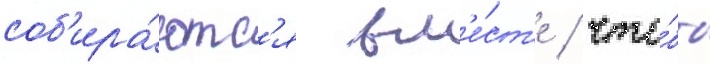
соб'ира́ютс'я вм'е́ст'е / что́бы